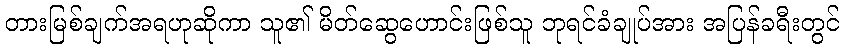
တားမြစ်ချက်အရဟုဆိုကာ သူ၏ မိတ်ဆွေဟောင်းဖြစ်သူ ဘုရင်ခံချုပ်အား အပြန်ခရီးတွင်